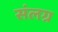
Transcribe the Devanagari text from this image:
संलग्र